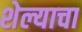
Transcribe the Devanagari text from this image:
शेल्याचा